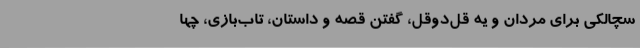
سچالکی برای مردان و یه‌ قل‌دوقل، گفتن قصه و داستان، تاب‌بازی، چها